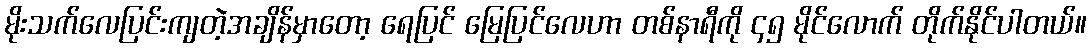
မိုးသက်လေပြင်းကျတဲ့အချိန်မှာတော့ ရေပြင် မြေပြင်လေဟာ တစ်နာရီကို ၄၅ မိုင်လောက် တိုက်နိုင်ပါတယ်။